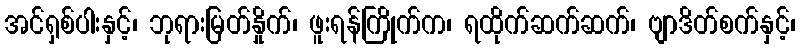
အင်ရှစ်ပါးနှင့်၊ ဘုရားမြတ်နှိုက်၊ ဖူးရန်ကြိုက်က၊ ရထိုက်ဆက်ဆက်၊ ဗျာဒိတ်စက်နှင့်၊